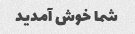
شما خوش آمدید